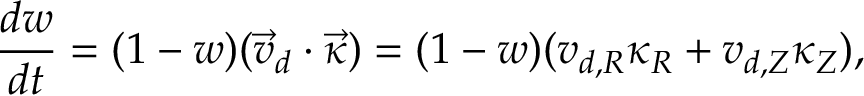
\frac { d w } { d t } = ( 1 - w ) ( \Vec { v } _ { d } \cdot \Vec { \kappa } ) = ( 1 - w ) ( v _ { d , R } \kappa _ { R } + v _ { d , Z } \kappa _ { Z } ) ,